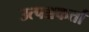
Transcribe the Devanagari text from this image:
उत्पन्नकर्ता